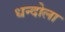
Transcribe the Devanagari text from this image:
धन्दोला